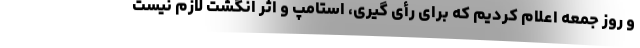
و روز جمعه اعلام کردیم که برای رأی گیری، استامپ و اثر انگشت لازم نیست